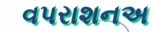
વપરાશનઅ